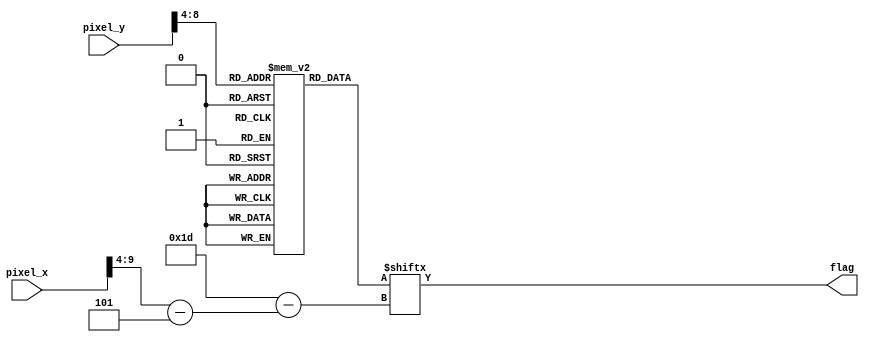
`timescale 1ns / 1ps

module startscreen(pixel_x, pixel_y, flag);
  input [9:0] pixel_x;
  input [9:0] pixel_y;
  output flag;
  
  reg [0:29] startscrn [29:0];
  
  wire [5:0] x = pixel_x[9:4] - 5;
  wire [5:0] y = pixel_y[9:4];
  assign flag = startscrn[y][x];
  
  initial begin
//    startscrn[0]  = 30'b110110110110110011011011011011; //0
//    startscrn[1]  = 30'b100000000000000000000000000001; //1
//    startscrn[2]  = 30'b000000000000000000000000000000; //2
//    startscrn[3]  = 30'b100000000000000000000000000001; //3
//    startscrn[4]  = 30'b100000000000000000000000000001; //4
//    startscrn[5]  = 30'b000000000000000000000000000000; //5
//    startscrn[6]  = 30'b100000000000000000000000000001; //6
//    startscrn[7]  = 30'b100000000000000000000000000001; //7
//    startscrn[8]  = 30'b000000111011101110110011100000; //8
//    startscrn[9]  = 30'b100000100001001010101001000001; //9
//    startscrn[10] = 30'b100000111001001010101001000001; //10
//    startscrn[11] = 30'b000000001001001110110001000000; //11
//    startscrn[12] = 30'b100000001001001010101001000001; //12
//    startscrn[13] = 30'b100000111001001010101001000001; //13
//    startscrn[14] = 30'b000000000000000000000000000000; //14
//    startscrn[15] = 30'b000000111011101000101110100000; //15
//    startscrn[16] = 30'b100000100010101101101000100001; //16
//    startscrn[17] = 30'b100000100010101010101110100001; //17
//    startscrn[18] = 30'b000000101011101000101000100000; //18
//    startscrn[19] = 30'b100000101010101000101000000001; //19
//    startscrn[20] = 30'b100000111010101000101110100001; //20
//    startscrn[21] = 30'b000000000000000000000000000000; //21
//    startscrn[22] = 30'b100000000000000000000000000001; //22
//    startscrn[23] = 30'b100000000000000000000000000001; //23
//    startscrn[24] = 30'b000000000000000000000000000000; //24
//    startscrn[25] = 30'b100000000000000000000000000001; //25
//    startscrn[26] = 30'b100000000000000000000000000001; //26
//    startscrn[27] = 30'b000000000000000000000000000000; //27
//    startscrn[28] = 30'b100000000000000000000000000001; //28
//    startscrn[29] = 30'b110110110110110011011011011011; //29


    startscrn[0]  = 30'b000000000000000000000000000000; //0
    startscrn[1]  = 30'b000000000000000000000000000000; //1
    startscrn[2]  = 30'b000000000000000000000000000000; //2
    startscrn[3]  = 30'b000000000000000000000000000000; //3
    startscrn[4]  = 30'b000000000000000000000000000000; //4
    startscrn[5]  = 30'b000000000000000000000000000000; //5
    startscrn[6]  = 30'b000000000000000000000000000000; //6
    startscrn[7]  = 30'b000000000000000000000000000000; //7
    startscrn[8]  = 30'b011110111111001110011110111110; //8
    startscrn[9]  = 30'b011000001100011011010010001100; //9
    startscrn[10] = 30'b011110001100011011011110001100; //10
    startscrn[11] = 30'b000110001100011111011000001100; //11
    startscrn[12] = 30'b000110001100011011010100001100; //12
    startscrn[13] = 30'b011110001100011011010010001100; //13
    startscrn[14] = 30'b000000000000000000000000000000; //14
    startscrn[15] = 30'b011110001110011100011101111100; //15
    startscrn[16] = 30'b011000011011011010101101100000; //16
    startscrn[17] = 30'b011000011011011001001101111100; //17
    startscrn[18] = 30'b011011011111011000001101100000; //18
    startscrn[19] = 30'b011011011011011000001101100000; //19
    startscrn[20] = 30'b011111011011011000001101111100; //20
    startscrn[21] = 30'b000000000000000000000000000000; //21
    startscrn[22] = 30'b000000000000000000000000000000; //22
    startscrn[23] = 30'b000000000000000000000000000000; //23
    startscrn[24] = 30'b000000000000000000000000000000; //24
    startscrn[25] = 30'b000000000000000000000000000000; //25
    startscrn[26] = 30'b000000000000000000000000000000; //26
    startscrn[27] = 30'b000000000000000000000000000000; //27
    startscrn[28] = 30'b000000000000000000000000000000; //28
    startscrn[29] = 30'b000000000000000000000000000000; //29
  end
endmodule